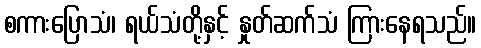
စကားပြောသံ၊ ရယ်သံတို့နှင့် နှုတ်ဆက်သံ ကြားနေရသည်။